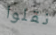
نقلوا